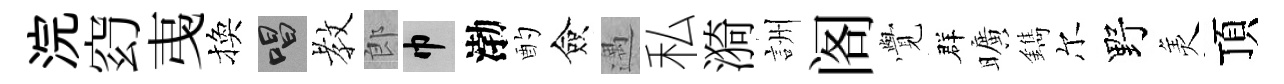
浣𥥆𢎯換唱教郎巾渤酌僉遇私漪詶阁𮗜群曠鐫尔野羙頂